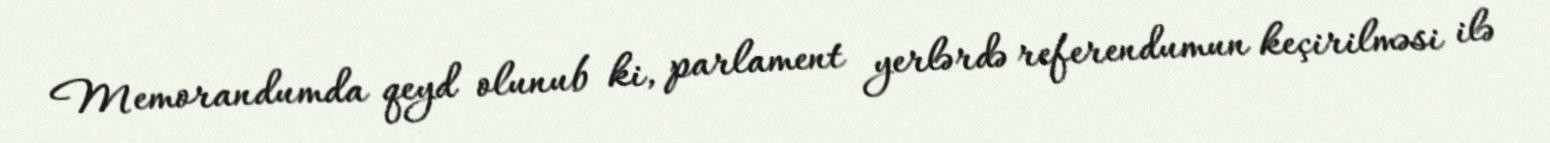
Memorandumda qeyd olunub ki, parlament yerlərdə referendumun keçirilməsi ilə